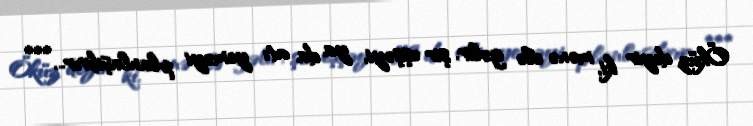
Öküz deyir ki, mənə elə gəlir, şir eşşəyi, ya da atı yeməyi planlaşdırır... ***